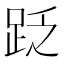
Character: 䟪